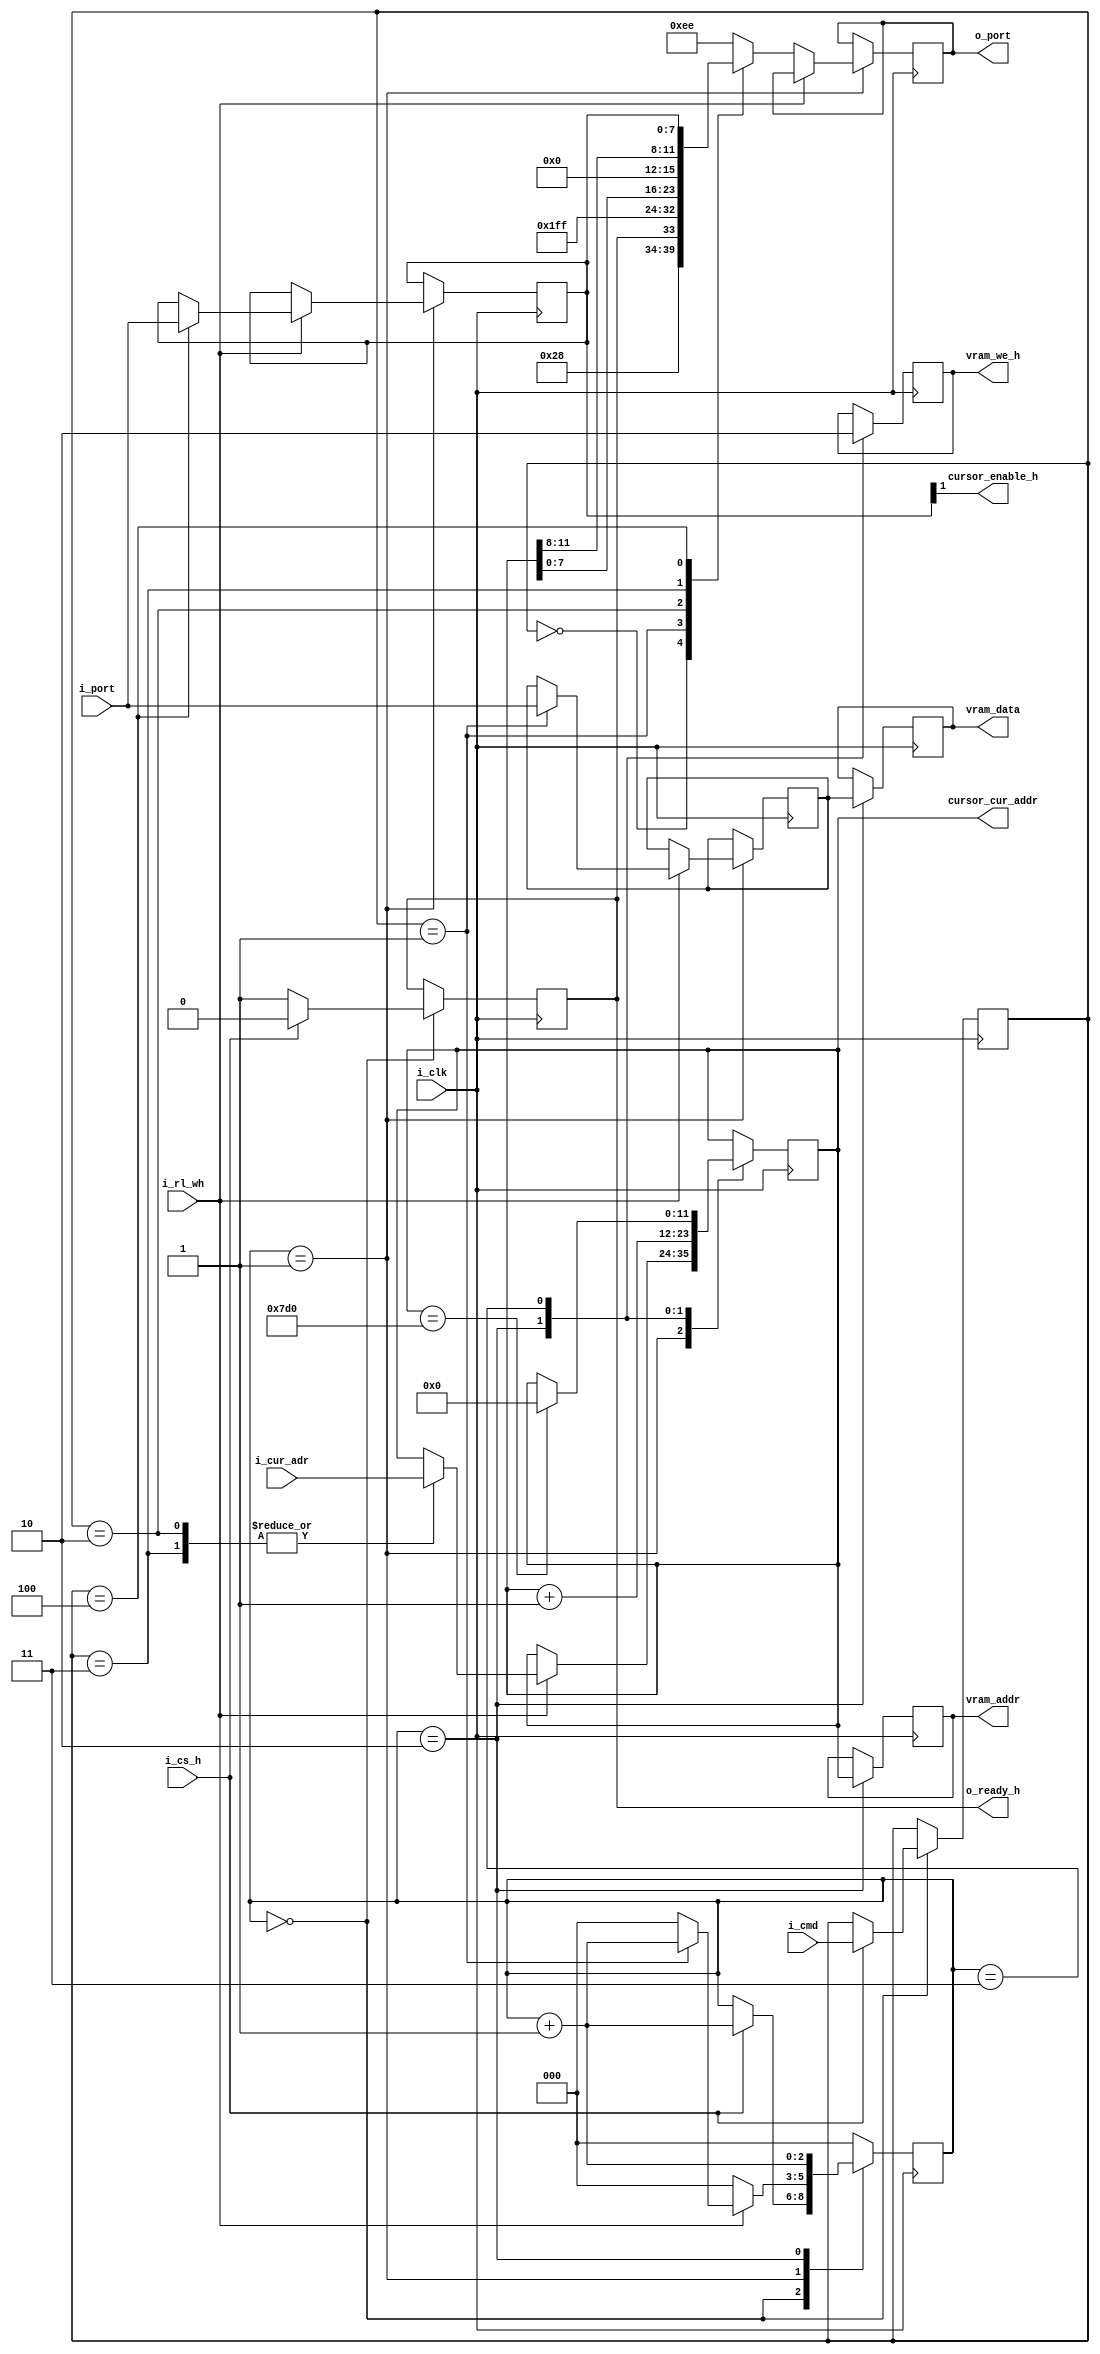
//-----------------------------------------------------------------------------
// avtomat port I/O
//-----------------------------------------------------------------------------
module vga_port_io 
#(
    parameter RES_X_MAX = 8'd80,
	parameter RES_Y_MAX = 8'd25
)

(
    input  wire i_clk,
	
    input  wire [7:0]  i_cmd,        // CMD
	input  wire [11:0] i_cur_adr,    // cursor adres
	input  wire [7:0]  i_port,       // input DATA
	output wire [7:0]  o_port,       // output DATA
	input  wire        i_cs_h,       // chip select
	input  wire        i_rl_wh,      // read=0, write=1
	output wire        o_ready_h,    // cntr = READY
	
	output reg [11:0]  vram_addr,
	output reg [7:0]   vram_data,
	output reg         vram_we_h,
	
    output wire [11:0] cursor_cur_addr,
	output wire        cursor_enable_h
);

initial
begin
    vram_addr = 0;
	vram_data = 0;
	vram_we_h = 0;
end

reg [2:0] st      = 0;  // avtomat state
reg [7:0] cmd     = 0;  // cmd
reg [7:0] pd      = 0;  // data port data
reg [7:0] data_io = 0;

// registri video controlera --------------------------------------------------
	// 0 - status
	// 1 - data write
	// 2 - cursor addr (for write char) pos low
	// 3 - cursor addr (for write char) pos high
// 4 - control
localparam REG_STATUS  = 8'h00;
localparam REG_DATA    = 8'h01;
localparam REG_CUR_AL  = 8'h02;
localparam REG_CUR_AH  = 8'h03;
localparam REG_CONTROL = 8'h04;

// REG_STATUS (bits)
localparam BIT_READY_H      = 8'h01;   // bit gotovnost, rezultat vipolneniya posledney komandi 

// REG_CONTROL (bits)
localparam BIT_CUR_ENABLE_H = 8'h01;   // bit viklucheniya kursora

reg [11:0] reg_cur_addr_pos = 0;      // vga register: cursor addr position
reg [7:0]  reg_status       = 8'ha0 | BIT_READY_H;  // vga register: status
reg [7:0]  reg_control      = BIT_CUR_ENABLE_H;  // vga register control

// registri video controlera --------------------------------------------------

always @(posedge i_clk)
begin
    case (st)
		0:
		begin
			if (i_cs_h) begin
				//synopsys translate_off
				$display("rtl: VGA CMD = 0x%X", i_cmd);
				//synopsys translate_on
				cmd <= i_cmd;
				st  <= st + 1'b1;
				reg_status[ BIT_READY_H ] <= 0;
			end else 
                reg_status[ BIT_READY_H ] <= 1; // vontrolleer READY for new command
		end
		
		1:
		begin
			if (i_rl_wh == 0) begin //read -----------------------------------------------------
				//synopsys translate_off
				$display("rtl: VGA read.");
				//synopsys translate_on
				
				case (cmd)
					REG_STATUS:  data_io <= reg_status;                        // status
					REG_DATA:    data_io <= 8'b1111_1111;                      // data wire, read= ff
					REG_CUR_AL:  data_io <= reg_cur_addr_pos[7:0];             // addr low
					REG_CUR_AH:  data_io <= {4'b0000, reg_cur_addr_pos[11:8]}; // addr high
					REG_CONTROL: data_io <= reg_control;                       // control
					default:     data_io <= 8'hee;                             // return ERROR
				endcase
				st <= 0; 
				
			end else begin  // write -----------------------------------------------------------
				//synopsys translate_off
				$display("rtl: VGA write.");
				//synopsys translate_on
				
				case (cmd)
					/*
						REG_STATUS:
						begin
						reg_status <= i_port;
						st <= 0;
						end
					*/					 
					REG_DATA:    // write to ext memory
					begin
						//synopsys translate_off
						$display("rtl: VGA Write data = 0x%X", i_port);
						//synopsys translate_on
						pd <= i_port;
						st <= st + 1'b1;
					end
					
					REG_CUR_AL, REG_CUR_AH:
					begin
						reg_cur_addr_pos <= i_cur_adr;
						//synopsys translate_off
						$display("rtl: VGA reg_cur_addr_pos = 0x%X i_cur_adr = 0x%X", reg_cur_addr_pos, i_cur_adr);
						//synopsys translate_on
			    		st <= 0;
					end 
					
					REG_CONTROL:
					begin
				    	//synopsys translate_off
					    $display("rtl: VGA write control = 0x%X", i_port);
					    //synopsys translate_on
					    reg_control <= i_port;
					    st <= 0;
					end
					
					default:
					begin
					    //synopsys translate_off
					    $display("rtl: VGA error CMD = 0x%X", cmd);
					    //synopsys translate_on
					    st <= 0;
					end
					
				endcase // ---------------------------
			end
		end
					
		2:
		begin
			//synopsys translate_off
			$display("rtl: VGA reg_cur_addr_pos = %d", reg_cur_addr_pos);
			//synopsys translate_on
			vram_addr <= reg_cur_addr_pos;
			vram_data <= pd;
			vram_we_h <= 1;
			reg_cur_addr_pos <= reg_cur_addr_pos + 1'b1;
			st <= st + 1'b1;
		end
					
		3:
		begin
			vram_we_h <= 0;
			if (reg_cur_addr_pos == RES_X_MAX * RES_Y_MAX) reg_cur_addr_pos <= 0;
			st <= 0;
		end
					
		default:
		begin
			st <= 0;
		end
					
	endcase
					
end
					
assign cursor_cur_addr = reg_cur_addr_pos;
assign o_ready_h       = reg_status[ BIT_READY_H ];
assign o_port          = data_io;
assign cursor_enable_h = reg_control[ BIT_CUR_ENABLE_H ];

endmodule